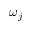
\omega _ { j }